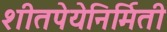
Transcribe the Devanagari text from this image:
शीतपेयेनिर्मिती